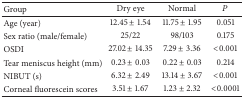
| Group | Dry eye | Normal | P |
 | --- | --- | --- | --- |
 | Age (year) | 12.45 ± 1.54 | 11.75 ± 1.95 | 0.051 |
 | Sex ratio (male/female) | 25/22 | 98/103 | 0.175 |
 | OSDI | 27.02 ± 14.35 | 7.29 ± 3.36 | <0.001 |
 | Tear meniscus height (mm) | 0.23 ± 0.03 | 0.22 ± 0.03 | 0.214 |
 | NIBUT (s) | 6.32 ± 2.49 | 13.14 ± 3.67 | <0.001 |
 | Corneal fluorescein scores | 3.51 ± 1.67 | 1.23 ± 2.32 | <0.0001 |